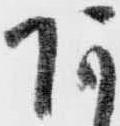
あ